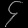
Digit: ၄